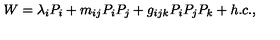
W = \lambda _ { i } P _ { i } + m _ { i j } P _ { i } P _ { j } + g _ { i j k } P _ { i } P _ { j } P _ { k } + h . c . ,